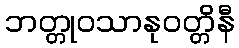
ဘတ္တုဝသာနုဝတ္တိနီ